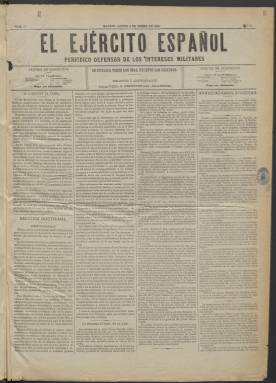
Título: El Ejército español
Colección: Periódicos || Fuerzas armadas
Ámbito geográfico: Madrid
Lugar de publicación: Madrid
Fechas: 02/01/1888-20/08/1928